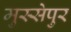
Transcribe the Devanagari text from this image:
मुस्सेपुर